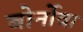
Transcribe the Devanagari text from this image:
बोर्नोवा